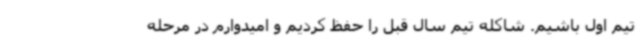
تیم اول باشیم. شاکله تیم سال قبل را حفظ کردیم و امیدوارم در مرحله